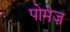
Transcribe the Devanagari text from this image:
पोमेज़